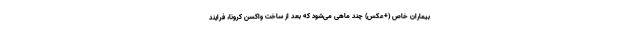
بیماران خاص (+عکس) چند ماهی می‌شود که بعد از ساخت واکسن کرونا، فرایند